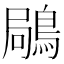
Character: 𪁵